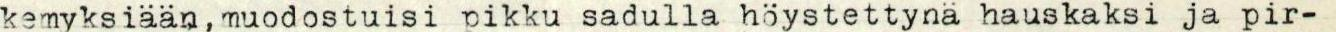
kemyksiään, muodostuisi pikku sadulla höystettynä hauskaksi ja pir-